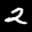
Label: 2